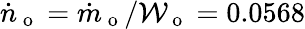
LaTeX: \dot{n}_{\mathrm{~o~}}=\dot{m}_{\mathrm{~o~}}/\mathcal{W}_{\mathrm{~o~}}=0.0568